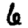
Digit: 6